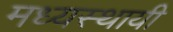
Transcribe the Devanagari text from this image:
मध्यस्थायी